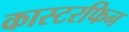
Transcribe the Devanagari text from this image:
कास्टरफिन